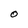
Character: O